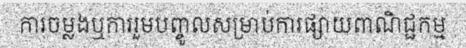
ការចម្លងឬការរួមបញ្ចូលសម្រាប់ការផ្សាយពាណិជ្ជកម្ម